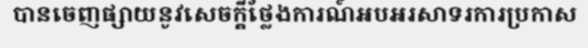
បានចេញផ្សាយនូវសេចក្តីថ្លែងការណ៍អបអរសាទរការប្រកាស